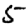
Digit: 5